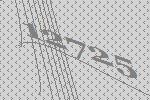
12725